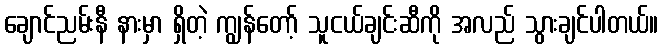
ချောင်ညမ်းနီ နားမှာ ရှိတဲ့ ကျွန်တော့် သူငယ်ချင်းဆီကို အလည် သွားချင်ပါတယ်။